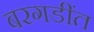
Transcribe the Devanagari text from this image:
बरगडींत